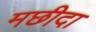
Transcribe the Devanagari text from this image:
मछीदा